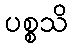
ပစ္စသိ